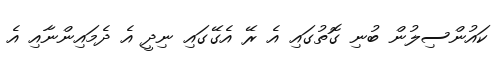
ކައުންސިލުން ބުނި ގޮތުގައި އެ ރޭ އެގޭގައި ނިދީ އެ ދެމައިންނާއި އެ